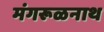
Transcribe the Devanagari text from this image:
मंगरूळनाथ